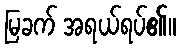
မြခက် အရယ်ရပ်၏။